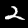
Digit: 2